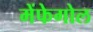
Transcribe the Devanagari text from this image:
मेंफेगोल